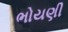
ભોયણી